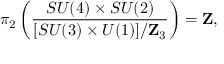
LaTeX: \pi _ { 2 } \left( { \frac { S U ( 4 ) \times S U ( 2 ) } { [ S U ( 3 ) \times U ( 1 ) ] / \mathbf { Z } _ { 3 } } } \right) = \mathbf { Z } ,